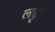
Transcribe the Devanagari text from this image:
लढु